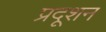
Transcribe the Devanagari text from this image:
प्रदूशन